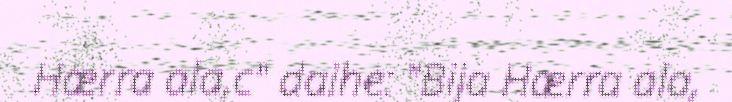
Hærra ala,c" daihe: "Bija Hærra ala,